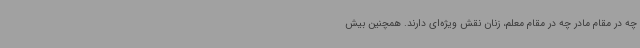
چه در مقام مادر چه در مقام معلم، زنان نقش ویژه‌ای دارند. همچنین بیش